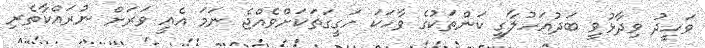
ވަހީދު ވިދާޅުވީ ބަދުއަހުލާގީ ކަންތަކުގެ ވާހަކަ ހަގީގަތަކަށްވެއްޖެ ނަމަ އެއީ ވަރަށް ނުރައްކާތެރި